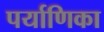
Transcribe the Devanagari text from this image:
पर्याणिका